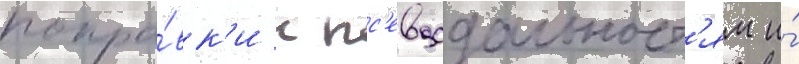
попра́вк'и к пс'евдодальност'ям и́